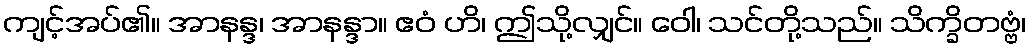
ကျင့်အပ်၏။ အာနန္ဒ၊ အာနန္ဒာ။ ဧဝံ ဟိ၊ ဤသို့လျှင်။ ဝေါ၊ သင်တို့သည်။ သိက္ခိတဗ္ဗံ၊